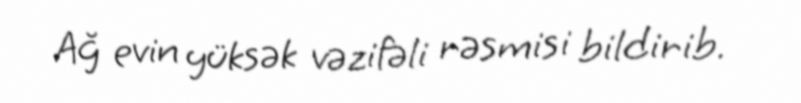
Ağ evin yüksək vəzifəli rəsmisi bildirib.